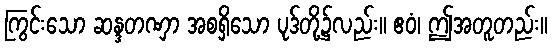
ကြွင်းသော ဆန္ဒတဏှာ အစရှိသော ပုဒ်တို့၌လည်း။ ဧဝံ၊ ဤအတူတည်း။